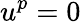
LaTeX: u^{p}=0